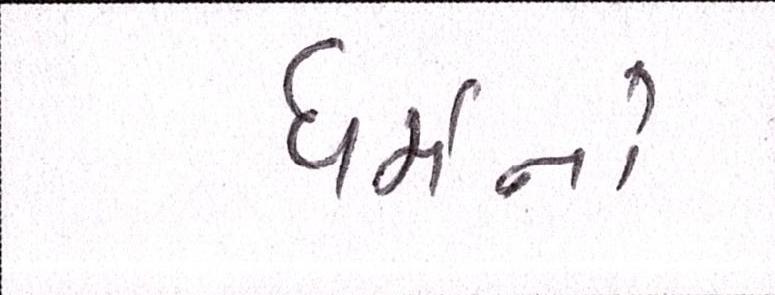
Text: ધર્મનો